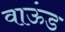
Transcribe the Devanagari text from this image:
वाऊंड